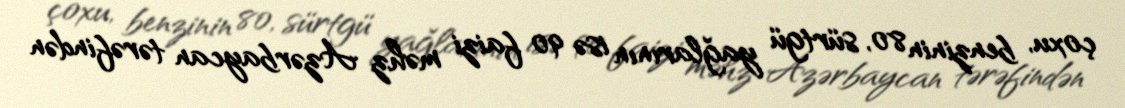
çoxu, benzinin 80, sürtgü yağlarının isə 90 faizi məhz Azərbaycan tərəfindən